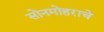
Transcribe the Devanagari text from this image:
सोनमोहराचे